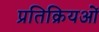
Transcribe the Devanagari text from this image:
प्रतिक्रियओं